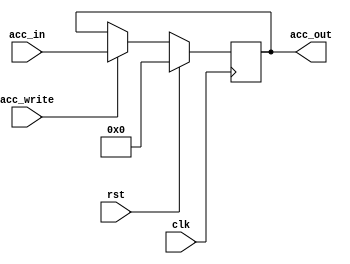
module acc_register(clk, rst, acc_in, acc_write,
					acc_out);
	input wire clk, rst, acc_write;
	input wire[15:0] acc_in;
	output reg[15:0] acc_out;

    always @(posedge clk) begin
        if (rst) acc_out = 13'b0;
        else if(acc_write) acc_out = acc_in;
    end

endmodule // acc_register